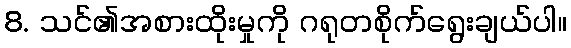
8. သင်၏အစားထိုးမှုကို ဂရုတစိုက်ရွေးချယ်ပါ။